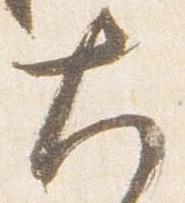
大